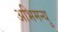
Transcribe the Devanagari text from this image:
अभिमन्‍यु